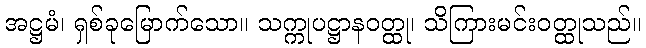
အဋ္ဌမံ၊ ရှစ်ခုမြောက်သော။ သက္ကုပဋ္ဌာနဝတ္ထု၊ သိကြားမင်းဝတ္ထုသည်။